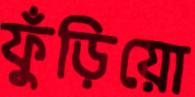
ফুঁড়িয়ো